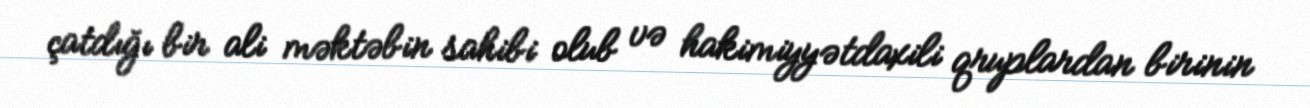
çatdığı bir ali məktəbin sahibi olub və hakimiyyətdaxili qruplardan birinin